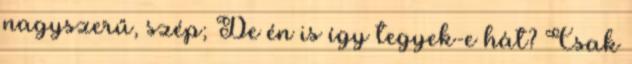
nagyszerű, szép; De én is így tegyek-e hát? Csak